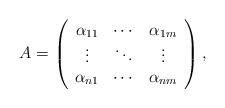
LaTeX: \begin{align*}A=\left(\begin{array}{ccc}\alpha_{11} &\cdots & \alpha_{1m} \\\vdots&\ddots & \vdots\\\alpha_{n1} & \cdots & \alpha_{nm}\end{array}\right),\end{align*}